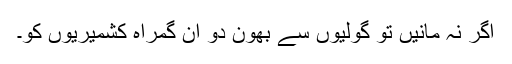
اگر نہ مانیں تو گولیوں سے بھون دو ان گمراہ کشمیریوں کو۔